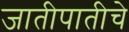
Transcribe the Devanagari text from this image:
जातीपातीचे